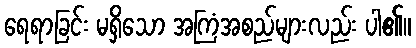
ရေရာခြင်း မရှိသော အကြံအစည်များလည်း ပါ၏။